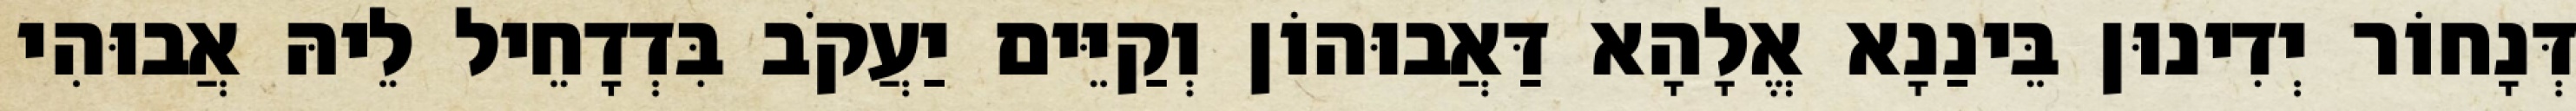
דְּנָחוֹר יְדִינוּן בֵּינַנָא אֱלָהָא דַּאֲבוּהוֹן וְקַיֵּים יַעֲקֹב בִּדְדָחֵיל לֵיהּ אֲבוּהִי